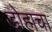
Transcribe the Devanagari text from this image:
डोहाचा